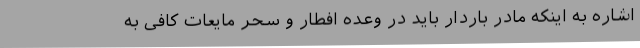
اشاره به اینکه مادر باردار باید در وعده افطار و سحر مایعات کافی به